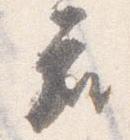
座